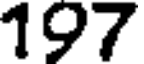
197